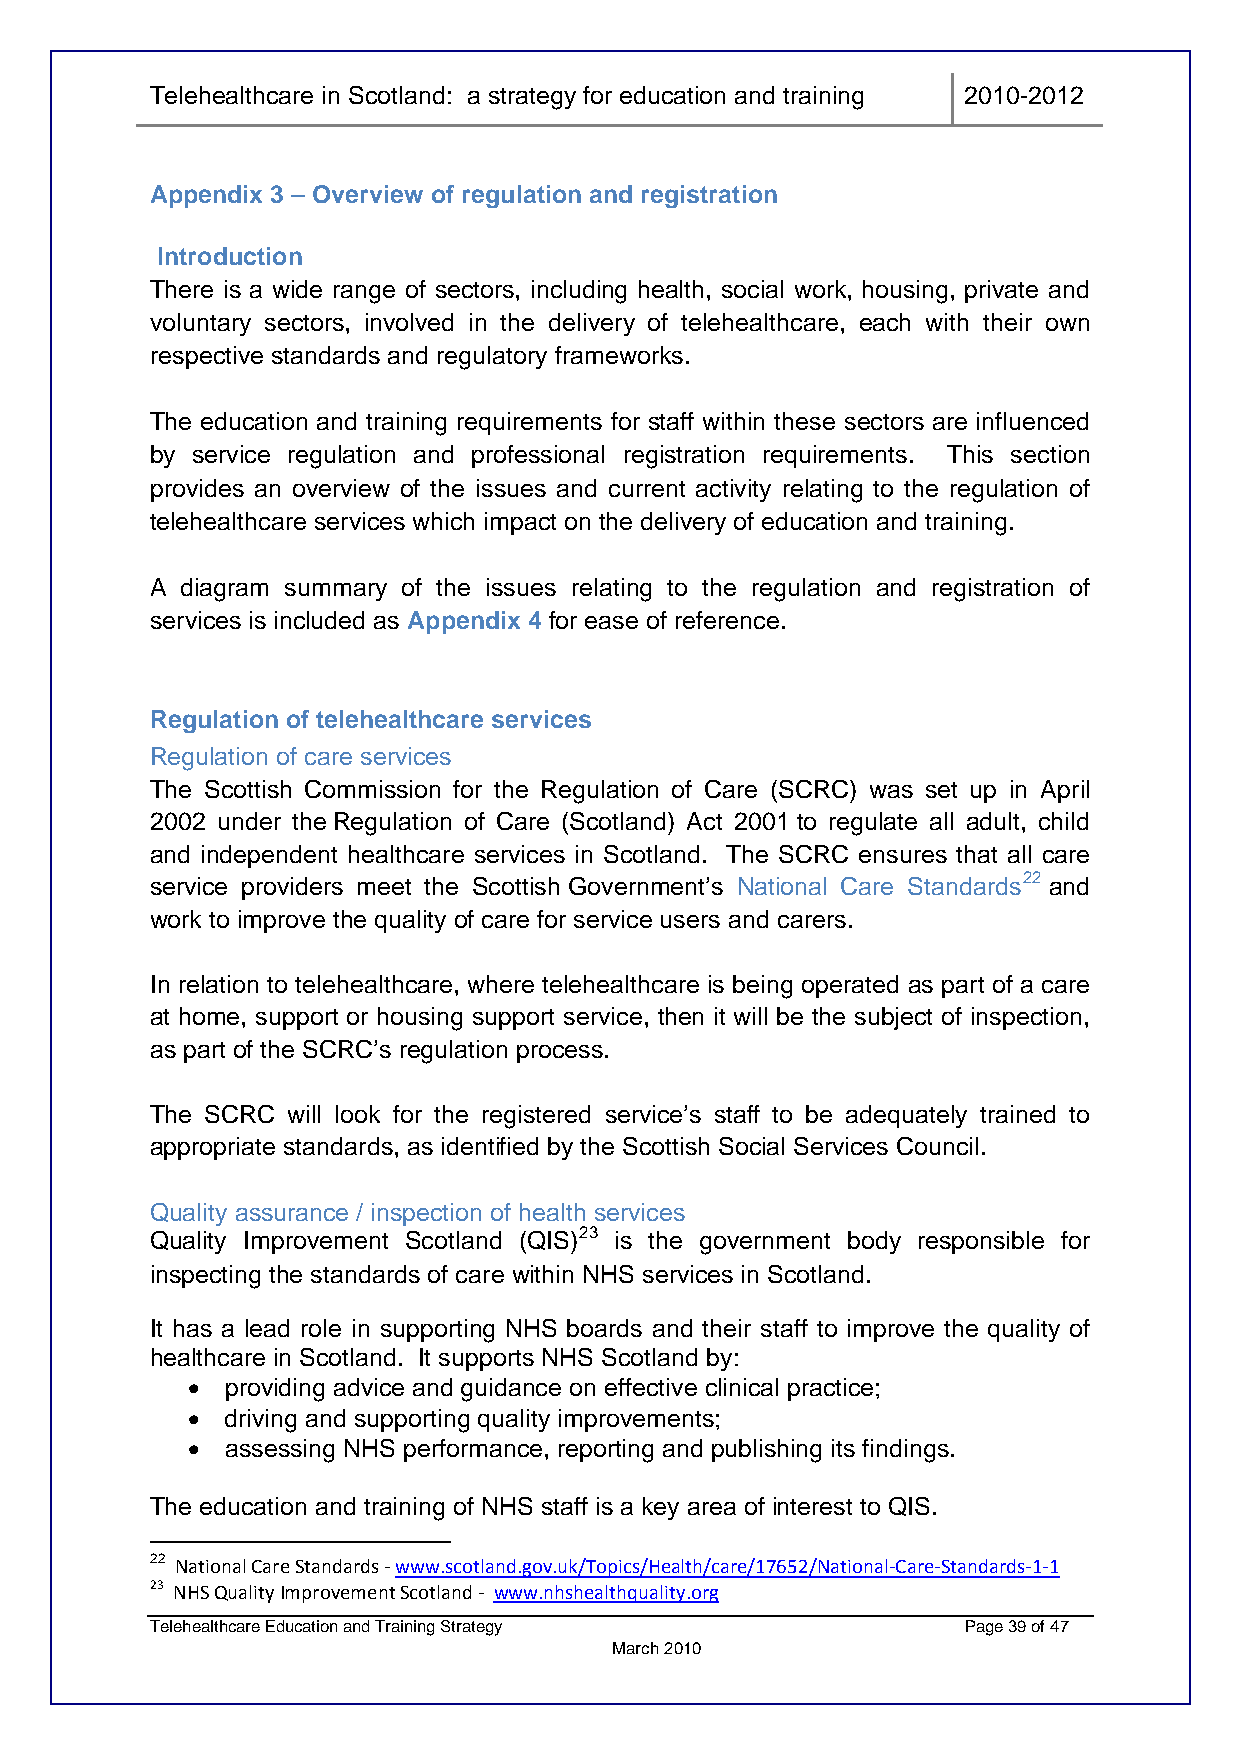
Telehealthcare in Scotland: a strategy for education and training 2010-2012
 Appendix 3 – Overview of regulation and registration
 Introduction
 There is a wide range of sectors, including health, social work, housing, private and
 voluntary sectors, involved in the delivery of telehealthcare, each with their own
 respective standards and regulatory frameworks.
 The education and training requirements for staff within these sectors are influenced
 by service regulation and professional registration requirements. This section
 provides an overview of the issues and current activity relating to the regulation of
 telehealthcare services which impact on the delivery of education and training.
 A diagram summary of the issues relating to the regulation and registration of
 services is included as Appendix 4 for ease of reference.
 Regulation of telehealthcare services
 Regulation of care services
 The Scottish Commission for the Regulation of Care (SCRC) was set up in April
 2002 under the Regulation of Care (Scotland) Act 2001 to regulate all adult, child
 and independent healthcare services in Scotland. The SCRC ensures that all care
 service providers meet the Scottish Government’s National Care Standards22 and
 work to improve the quality of care for service users and carers.
 In relation to telehealthcare, where telehealthcare is being operated as part of a care
 at home, support or housing support service, then it will be the subject of inspection,
 as part of the SCRC’s regulation process.
 The SCRC will look for the registered service’s staff to be adequately trained to
 appropriate standards, as identified by the Scottish Social Services Council.
 Quality assurance / inspection of health services
 Quality Improvement Scotland (QIS)23 is the government body responsible for
 inspecting the standards of care within NHS services in Scotland.
 It has a lead role in supporting NHS boards and their staff to improve the quality of
 healthcare in Scotland. It supports NHS Scotland by:
 •  providing advice and guidance on effective clinical practice;
 •  driving and supporting quality improvements;
 •  assessing NHS performance, reporting and publishing its findings.
 The education and training of NHS staff is a key area of interest to QIS.
 22 National Care Standards ‐ www.scotland.gov.uk/Topics/Health/care/17652/National‐Care‐Standards‐1‐1
 23 NHS Quality Improvement Scotland ‐ www.nhshealthquality.org
 Telehealthcare Education and Training Strategy        Page 39 of 47
 March 2010